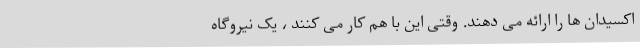
اکسیدان ها را ارائه می دهند. وقتی این با هم کار می کنند ، یک نیروگاه